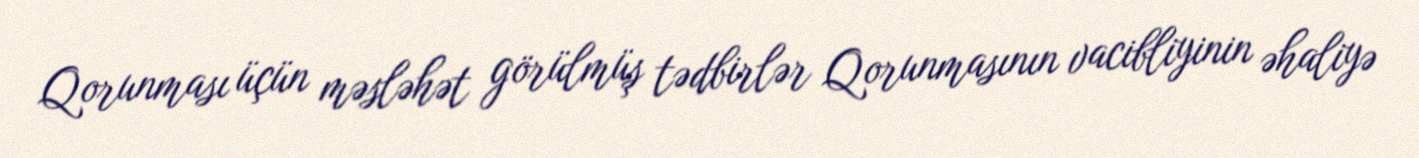
Qorunması üçün məsləhət görülmüş tədbirlər Qorunmasının vacibliyinin əhaliyə